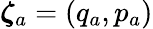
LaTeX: {\boldsymbol{\zeta}}_{a}=(q_{a},p_{a})